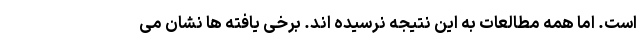
است. اما همه مطالعات به این نتیجه نرسیده اند. برخی یافته ها نشان می